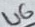
Text: U6